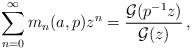
LaTeX: \begin{align*}\sum_{n=0}^{\infty}m_{n}(a,p)z^{n}=\frac{\mathcal{G}(p^{-1}z)}{\mathcal{G}(z)}\,,\end{align*}